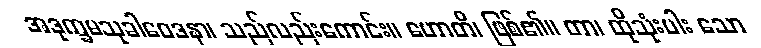
အဒုက္ခမသုခါဝေဒနာ၊ သည်လည်းကောင်း။ ဟောတိ၊ ဖြစ်၏။ တာ၊ ထိုသုံးပါး သော